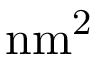
\mathrm { n m ^ { 2 } }